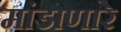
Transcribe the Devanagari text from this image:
मांडाणारे